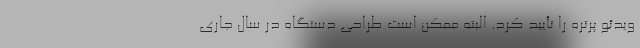
ویدئو پرتره را تأیید کرد. البته ممکن است طراحی دستگاه در سال جاری